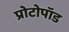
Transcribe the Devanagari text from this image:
प्रोटोपॉड